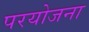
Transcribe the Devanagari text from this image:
परयोजना